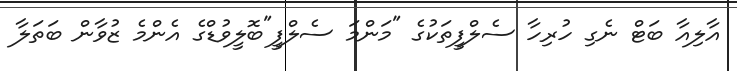
އާލިއާ ބަޓް ނެގި ހުރިހާ ސެލްފީތަކުގެ "މަންމަ ސެލްފީ"ބޮލީވުޑްގެ އެންމެ ޒުވާން ބަތަލާ